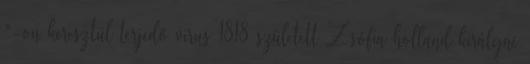
"-on keresztül terjedő virus 1818 született Zsófia holland királyné